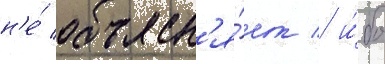
н'е́ объясн'я́ет / и́бо